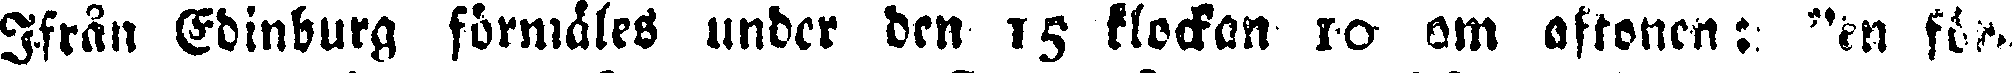
Ifrån Edinburg förmåles under den 15 klockan 10 om aftonen: "en för-